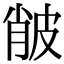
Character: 𤿨